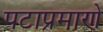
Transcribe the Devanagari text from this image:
पटाप्रमाणे